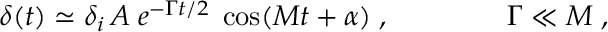
\delta ( t ) \simeq \delta _ { i } \, A \; e ^ { - { \Gamma t / 2 } } \; \cos ( M t + \alpha ) \; , \; \; \; \; \quad \quad \quad \Gamma \ll M \; , \nonumber